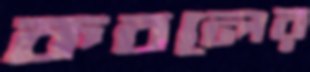
কবলের